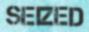
SEIZED